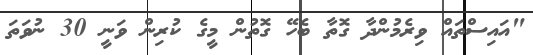
"އައިސްތައް ވިރެމުންދާ ގޮތާ ބެހޭ ގޮތުން މީގެ ކުރިން ވަނީ 30 ނުވަތަ